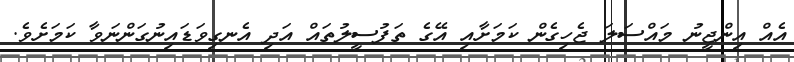
އެއް އިންޖީނު މައްސަލަ ޖެހިގެން ކަމަށާއި އޭގެ ތަފުސީލުުތައް އަދި އެނގިވަޑައިނުގަންނަވާ ކަމަށެވެ.